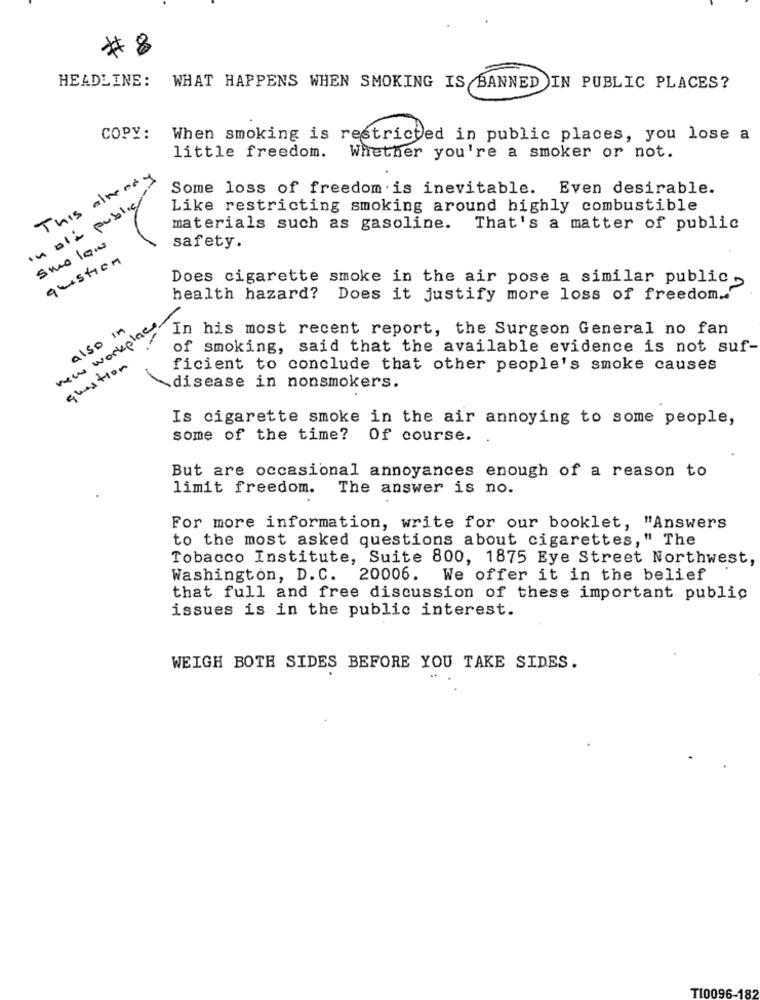
# 8
HEADLINE:
WHAT HAPPENS WHEN SMOKING IS BANNED IN PUBLIC PLACES?
COPY:
When smoking is restricted in public places, you lose a
little freedom. Whether you're a smoker or not.
This already
Some loss of freedom is inevitable. Even desirable.
In ali public
Like restricting smoking around highly combustible
materials such as gasoline.
That's a matter of public
smo low
safety.
question
Does cigarette smoke in the air pose a similar public -
health hazard? Does it justify more loss of freedom .. '
new workplace.
also in
In his most recent report, the Surgeon General no fan
of smoking, said that the available evidence is not suf-
question
ficient to conclude that other people's smoke causes
disease in nonsmokers.
Is cigarette smoke in the air annoying to some people,
some of the time?
Of course.
But are occasional annoyances enough of a reason to
limit freedom. The answer is no.
For more information, write for our booklet, "Answers
to the most asked questions about cigarettes," The
Tobacco Institute, Suite 800, 1875 Eye Street Northwest,
Washington, D.C. 20006. We offer it in the belief
that full and free discussion of these important public
issues is in the public interest.
WEIGH BOTH SIDES BEFORE YOU TAKE SIDES.
TI0096-182